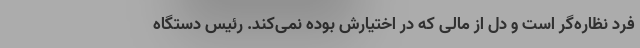
فرد نظاره‌گر است و دل از مالی که در اختیارش بوده نمی‌کند. رئیس دستگاه